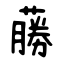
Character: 蕂